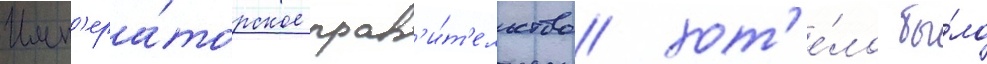
Имп'ера́торское прав'и́т'ельство хот'е́ло бы́ло